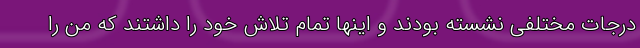
درجات مختلفی نشسته بودند و اینها تمام تلاش خود را داشتند که من را